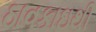
ઠાવકાઇથી